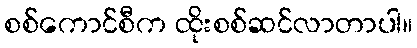
စစ်ကောင်စီက ထိုးစစ်ဆင်လာတာပါ။